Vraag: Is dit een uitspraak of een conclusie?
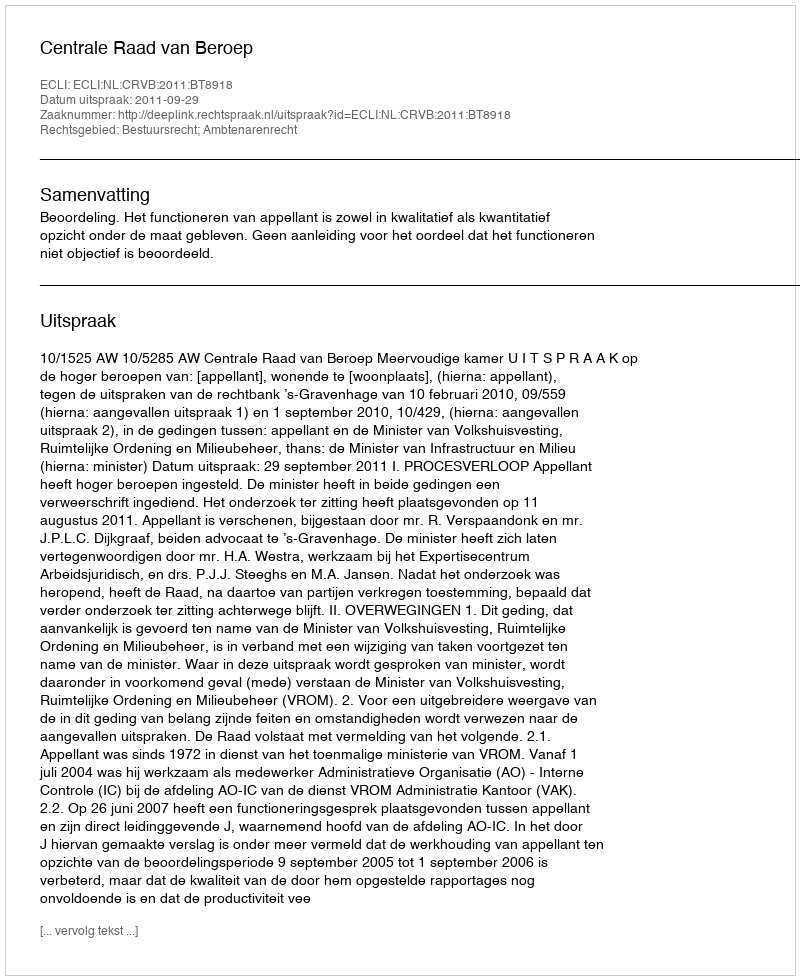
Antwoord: Uitspraak